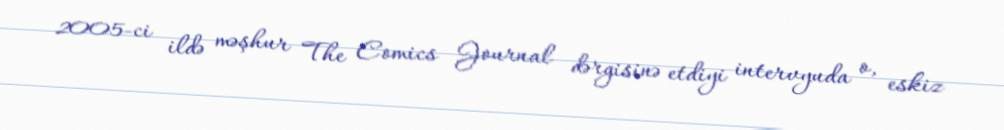
2005-ci ildə məşhur The Comics Journal dərgisinə etdiyi intervyuda o, eskiz